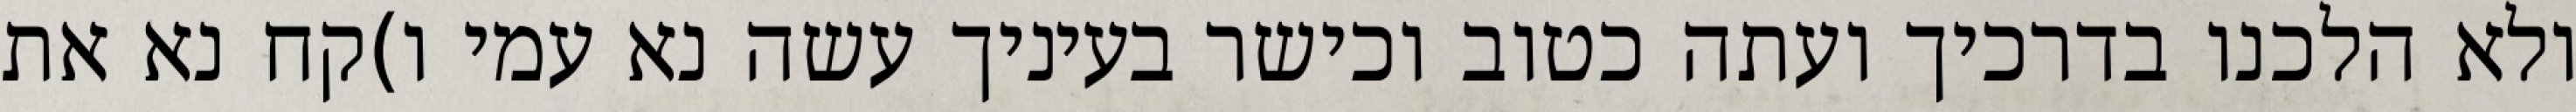
ולא הלכנו בדרכיך ועתה כטוב וכישר בעיניך עשה נא עמי ו)קח נא את